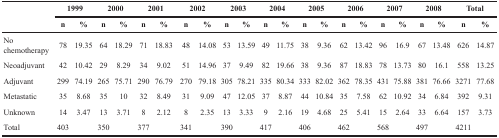
<table><thead><tr><td rowspan="2"></td><td colspan="2"><b>1999</b></td><td colspan="2"><b>2000</b></td><td colspan="2"><b>2001</b></td><td colspan="2"><b>2002</b></td><td colspan="2"><b>2003</b></td><td colspan="2"><b>2004</b></td><td colspan="2"><b>2005</b></td><td colspan="2"><b>2006</b></td><td colspan="2"><b>2007</b></td><td colspan="2"><b>2008</b></td><td colspan="2"><b>Total</b></td></tr><tr><td><b>n</b></td><td><b>%</b></td><td><b>n</b></td><td><b>%</b></td><td><b>n</b></td><td><b>%</b></td><td><b>n</b></td><td><b>%</b></td><td><b>n</b></td><td><b>%</b></td><td><b>n</b></td><td><b>%</b></td><td><b>n</b></td><td><b>%</b></td><td><b>n</b></td><td><b>%</b></td><td><b>n</b></td><td><b>%</b></td><td><b>n</b></td><td><b>%</b></td><td><b>n</b></td><td><b>%</b></td></tr></thead><tbody><tr><td>No chemotherapy</td><td>78</td><td>19.35</td><td>64</td><td>18.29</td><td>71</td><td>18.83</td><td>48</td><td>14.08</td><td>53</td><td>13.59</td><td>49</td><td>11.75</td><td>38</td><td>9.36</td><td>62</td><td>13.42</td><td>96</td><td>16.9</td><td>67</td><td>13.48</td><td>626</td><td>14.87</td></tr><tr><td>Neoadjuvant</td><td>42</td><td>10.42</td><td>29</td><td>8.29</td><td>34</td><td>9.02</td><td>51</td><td>14.96</td><td>37</td><td>9.49</td><td>82</td><td>19.66</td><td>38</td><td>9.36</td><td>87</td><td>18.83</td><td>78</td><td>13.73</td><td>80</td><td>16.1</td><td>558</td><td>13.25</td></tr><tr><td>Adjuvant</td><td>299</td><td>74.19</td><td>265</td><td>75.71</td><td>290</td><td>76.79</td><td>270</td><td>79.18</td><td>305</td><td>78.21</td><td>335</td><td>80.34</td><td>333</td><td>82.02</td><td>362</td><td>78.35</td><td>431</td><td>75.88</td><td>381</td><td>76.66</td><td>3271</td><td>77.68</td></tr><tr><td>Metastatic</td><td>35</td><td>8.68</td><td>35</td><td>10</td><td>32</td><td>8.49</td><td>31</td><td>9.09</td><td>47</td><td>12.05</td><td>37</td><td>8.87</td><td>44</td><td>10.84</td><td>35</td><td>7.58</td><td>62</td><td>10.92</td><td>34</td><td>6.84</td><td>392</td><td>9.31</td></tr><tr><td>Unknown</td><td>14</td><td>3.47</td><td>13</td><td>3.71</td><td>8</td><td>2.12</td><td>8</td><td>2.35</td><td>13</td><td>3.33</td><td>9</td><td>2.16</td><td>19</td><td>4.68</td><td>25</td><td>5.41</td><td>15</td><td>2.64</td><td>33</td><td>6.64</td><td>157</td><td>3.73</td></tr><tr><td>Total</td><td>403</td><td></td><td>350</td><td></td><td>377</td><td></td><td>341</td><td></td><td>390</td><td></td><td>417</td><td></td><td>406</td><td></td><td>462</td><td></td><td>568</td><td></td><td>497</td><td></td><td>4211</td><td></td></tr></tbody></table>